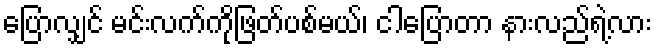
ပြောလျှင် မင်းလက်ကိုဖြတ်ပစ်မယ်၊ ငါပြောတာ နားလည်ရဲ့လား